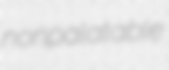
nonpalatable